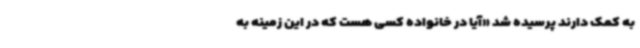
به کمک دارند پرسیده شد «آیا در خانواده کسی هست که در این زمینه به